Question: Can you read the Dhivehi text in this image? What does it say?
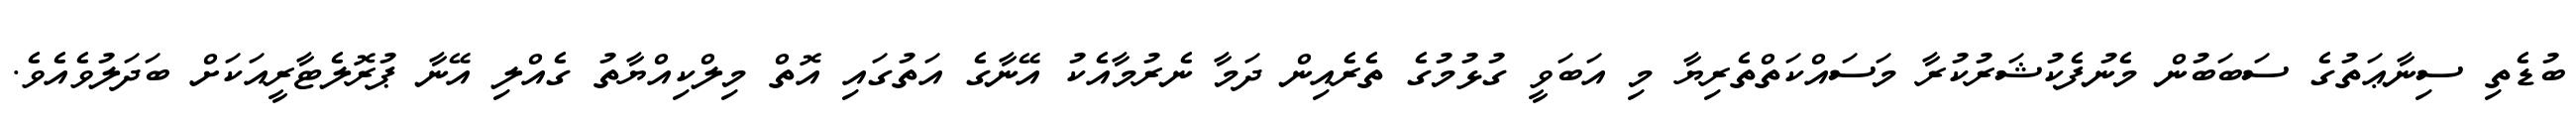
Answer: ބުޑެތި ސިނާޢަތުގެ ސަބަބުން މެނުފެކުޝަރުކުރާ މަސައްކަތްތެރިޔާ މި އަބަވީ ގުޅުމުގެ ތެރެއިން ދަމާ ނެރުމާއެކު އޭނާގެ އަތުގައި އޮތް މިލްކިއްޔާތު ގެއްލި އޭނާ ޕުރޮލެޓާރީއަކަށް ބަދަލުވެއެވެ.